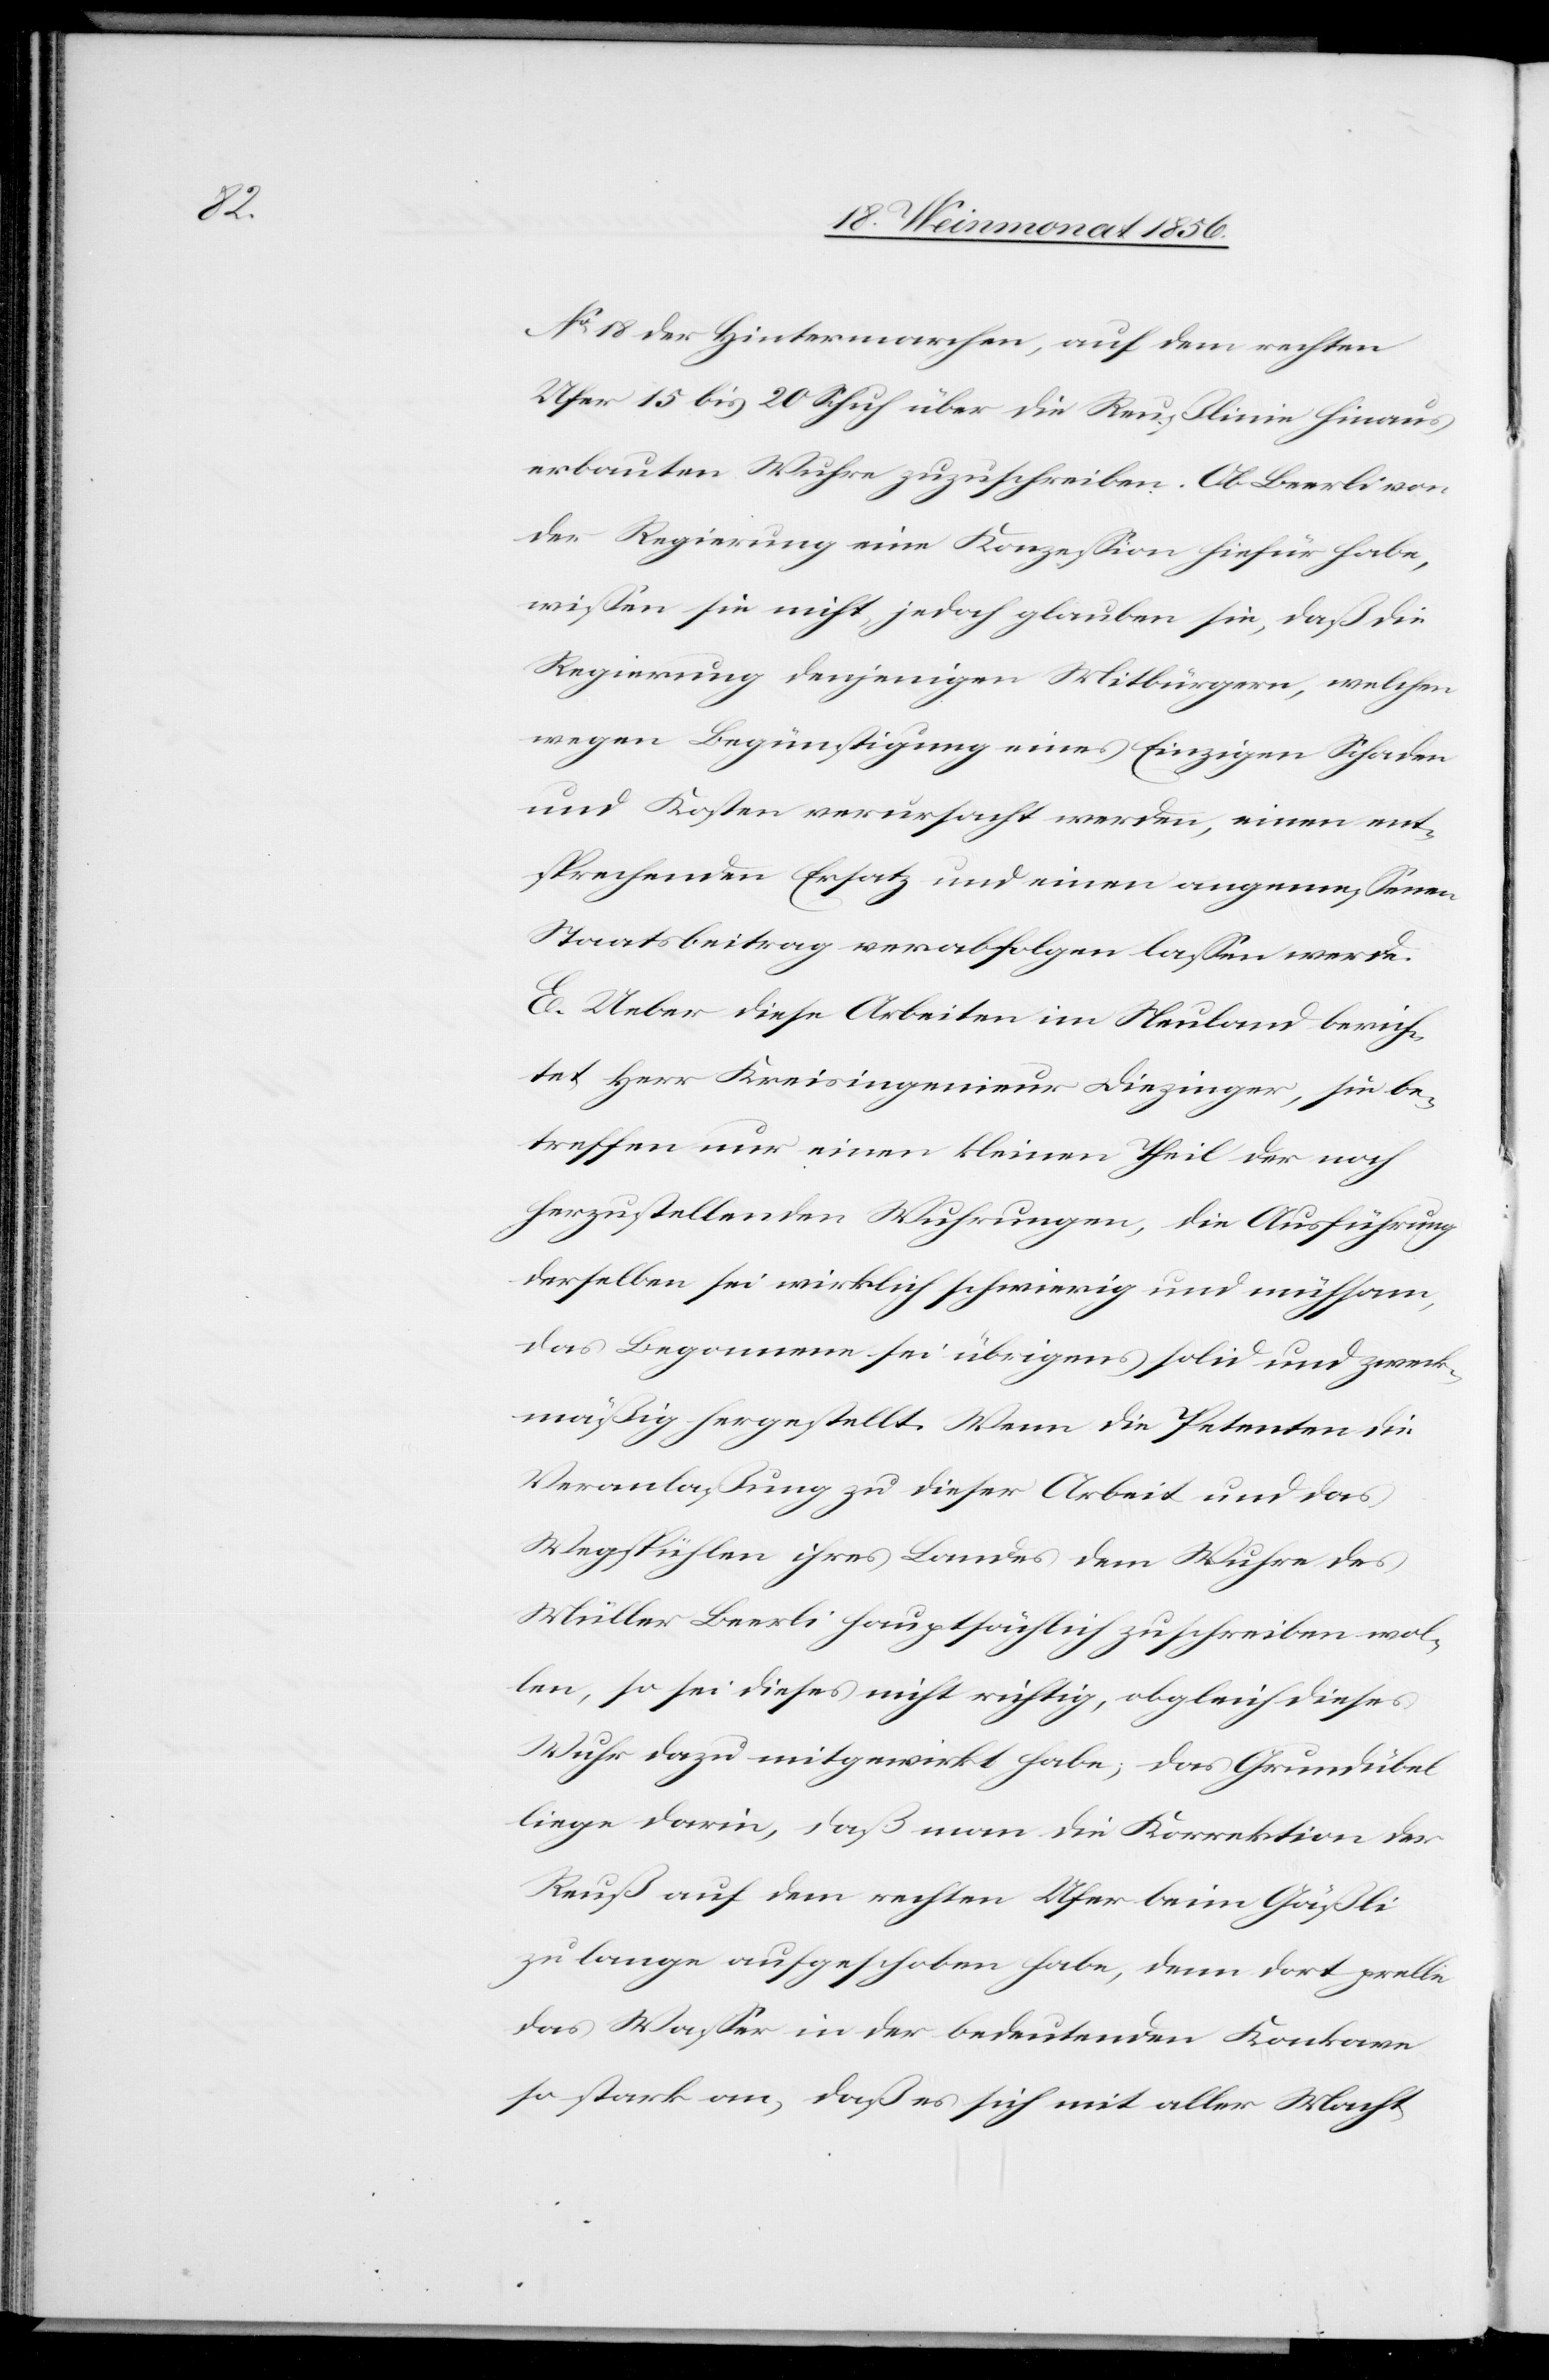
No 18 der Hintermarchen, auf dem rechten
Ufer 15 bis 20 Schuh über die Reußlinie hinaus
erbauten Wuhre zuzuschreiben. Ob Beerli von
der Regierung eine Konzession hiefür habe,
wissen sie nicht, jedoch glauben sie, daß die
Regierung denjenigen Mitbürgern, welchen
wegen Begünstigung eines Einzigen Schaden
und Kosten verursacht werden, einen ent¬
sprechenden Ersatz und einen angemessenen
Staatsbeitrag verabfolgen lassen werde.
E. Ueber diese Arbeiten im Neuland berich¬
tet Herr Kreisingenieur Diezinger, sie be¬
treffen nur einen kleinen Theil der noch
herzustellenden Wuhrungen, die Ausführung
derselben sei wirklich schwierig und mühsam,
das Begonnene sei übrigens solid und zweck¬
mäßig hergestellt. Wenn die Petenten die
Veranlaßung zu dieser Arbeit und das
Wegspühlen ihres Landes dem Wuhre des
Müller Beerli hauptsächlich zuschreiben wol¬
len, so sei dieses nicht richtig, obgleich dieses
Wuhr dazu mitgewirkt habe; das Grundübel
liege darin, daß man die Korrektion der
Reuß auf dem rechten Ufer beim Gäßli
zu lange aufgeschoben habe, denn dort prelle
das Wasser in der bedeutenden Konkave
so stark an, daß es sich mit aller Macht